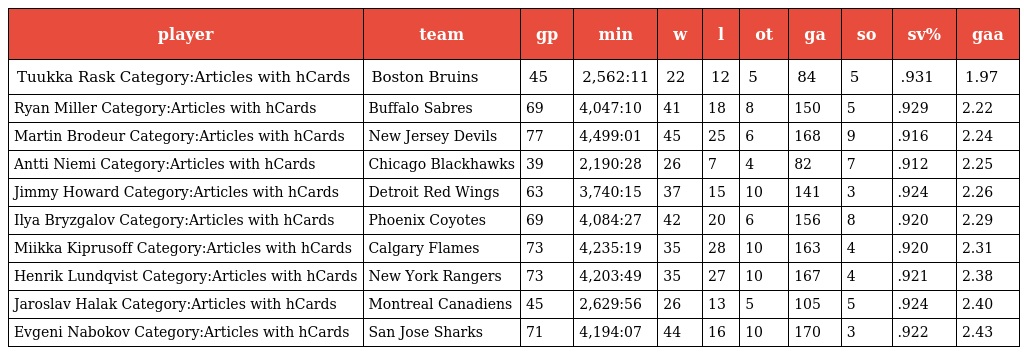
| player | team | gp | min | w | l | ot | ga | so | sv% | gaa |
 | --- | --- | --- | --- | --- | --- | --- | --- | --- | --- | --- |
 | Tuukka Rask Category:Articles with hCards | Boston Bruins | 45 | 2,562:11 | 22 | 12 | 5 | 84 | 5 | .931 | 1.97 |
 | Ryan Miller Category:Articles with hCards | Buffalo Sabres | 69 | 4,047:10 | 41 | 18 | 8 | 150 | 5 | .929 | 2.22 |
 | Martin Brodeur Category:Articles with hCards | New Jersey Devils | 77 | 4,499:01 | 45 | 25 | 6 | 168 | 9 | .916 | 2.24 |
 | Antti Niemi Category:Articles with hCards | Chicago Blackhawks | 39 | 2,190:28 | 26 | 7 | 4 | 82 | 7 | .912 | 2.25 |
 | Jimmy Howard Category:Articles with hCards | Detroit Red Wings | 63 | 3,740:15 | 37 | 15 | 10 | 141 | 3 | .924 | 2.26 |
 | Ilya Bryzgalov Category:Articles with hCards | Phoenix Coyotes | 69 | 4,084:27 | 42 | 20 | 6 | 156 | 8 | .920 | 2.29 |
 | Miikka Kiprusoff Category:Articles with hCards | Calgary Flames | 73 | 4,235:19 | 35 | 28 | 10 | 163 | 4 | .920 | 2.31 |
 | Henrik Lundqvist Category:Articles with hCards | New York Rangers | 73 | 4,203:49 | 35 | 27 | 10 | 167 | 4 | .921 | 2.38 |
 | Jaroslav Halak Category:Articles with hCards | Montreal Canadiens | 45 | 2,629:56 | 26 | 13 | 5 | 105 | 5 | .924 | 2.40 |
 | Evgeni Nabokov Category:Articles with hCards | San Jose Sharks | 71 | 4,194:07 | 44 | 16 | 10 | 170 | 3 | .922 | 2.43 |